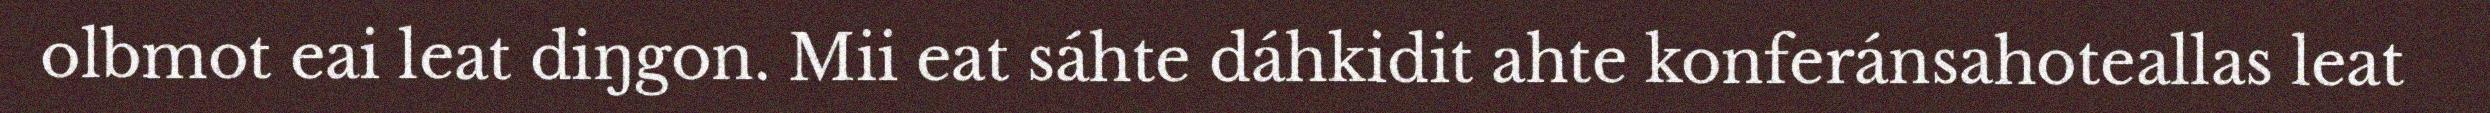
olbmot eai leat diŋgon. Mii eat sáhte dáhkidit ahte konferánsahoteallas leat